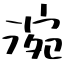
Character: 涴